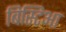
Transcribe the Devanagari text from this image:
बिस्टिआ